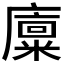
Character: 𪪨